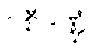
ဝစီဒဏ္ဍံ